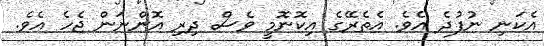
އެކަނި ނުފުދެ އެވެ. އެތެރޭގެ އިކޮނޮމީ ވެސް ދިރި އޮންނަން ޖެހެ އެވެ.